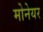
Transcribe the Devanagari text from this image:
मोनेयर